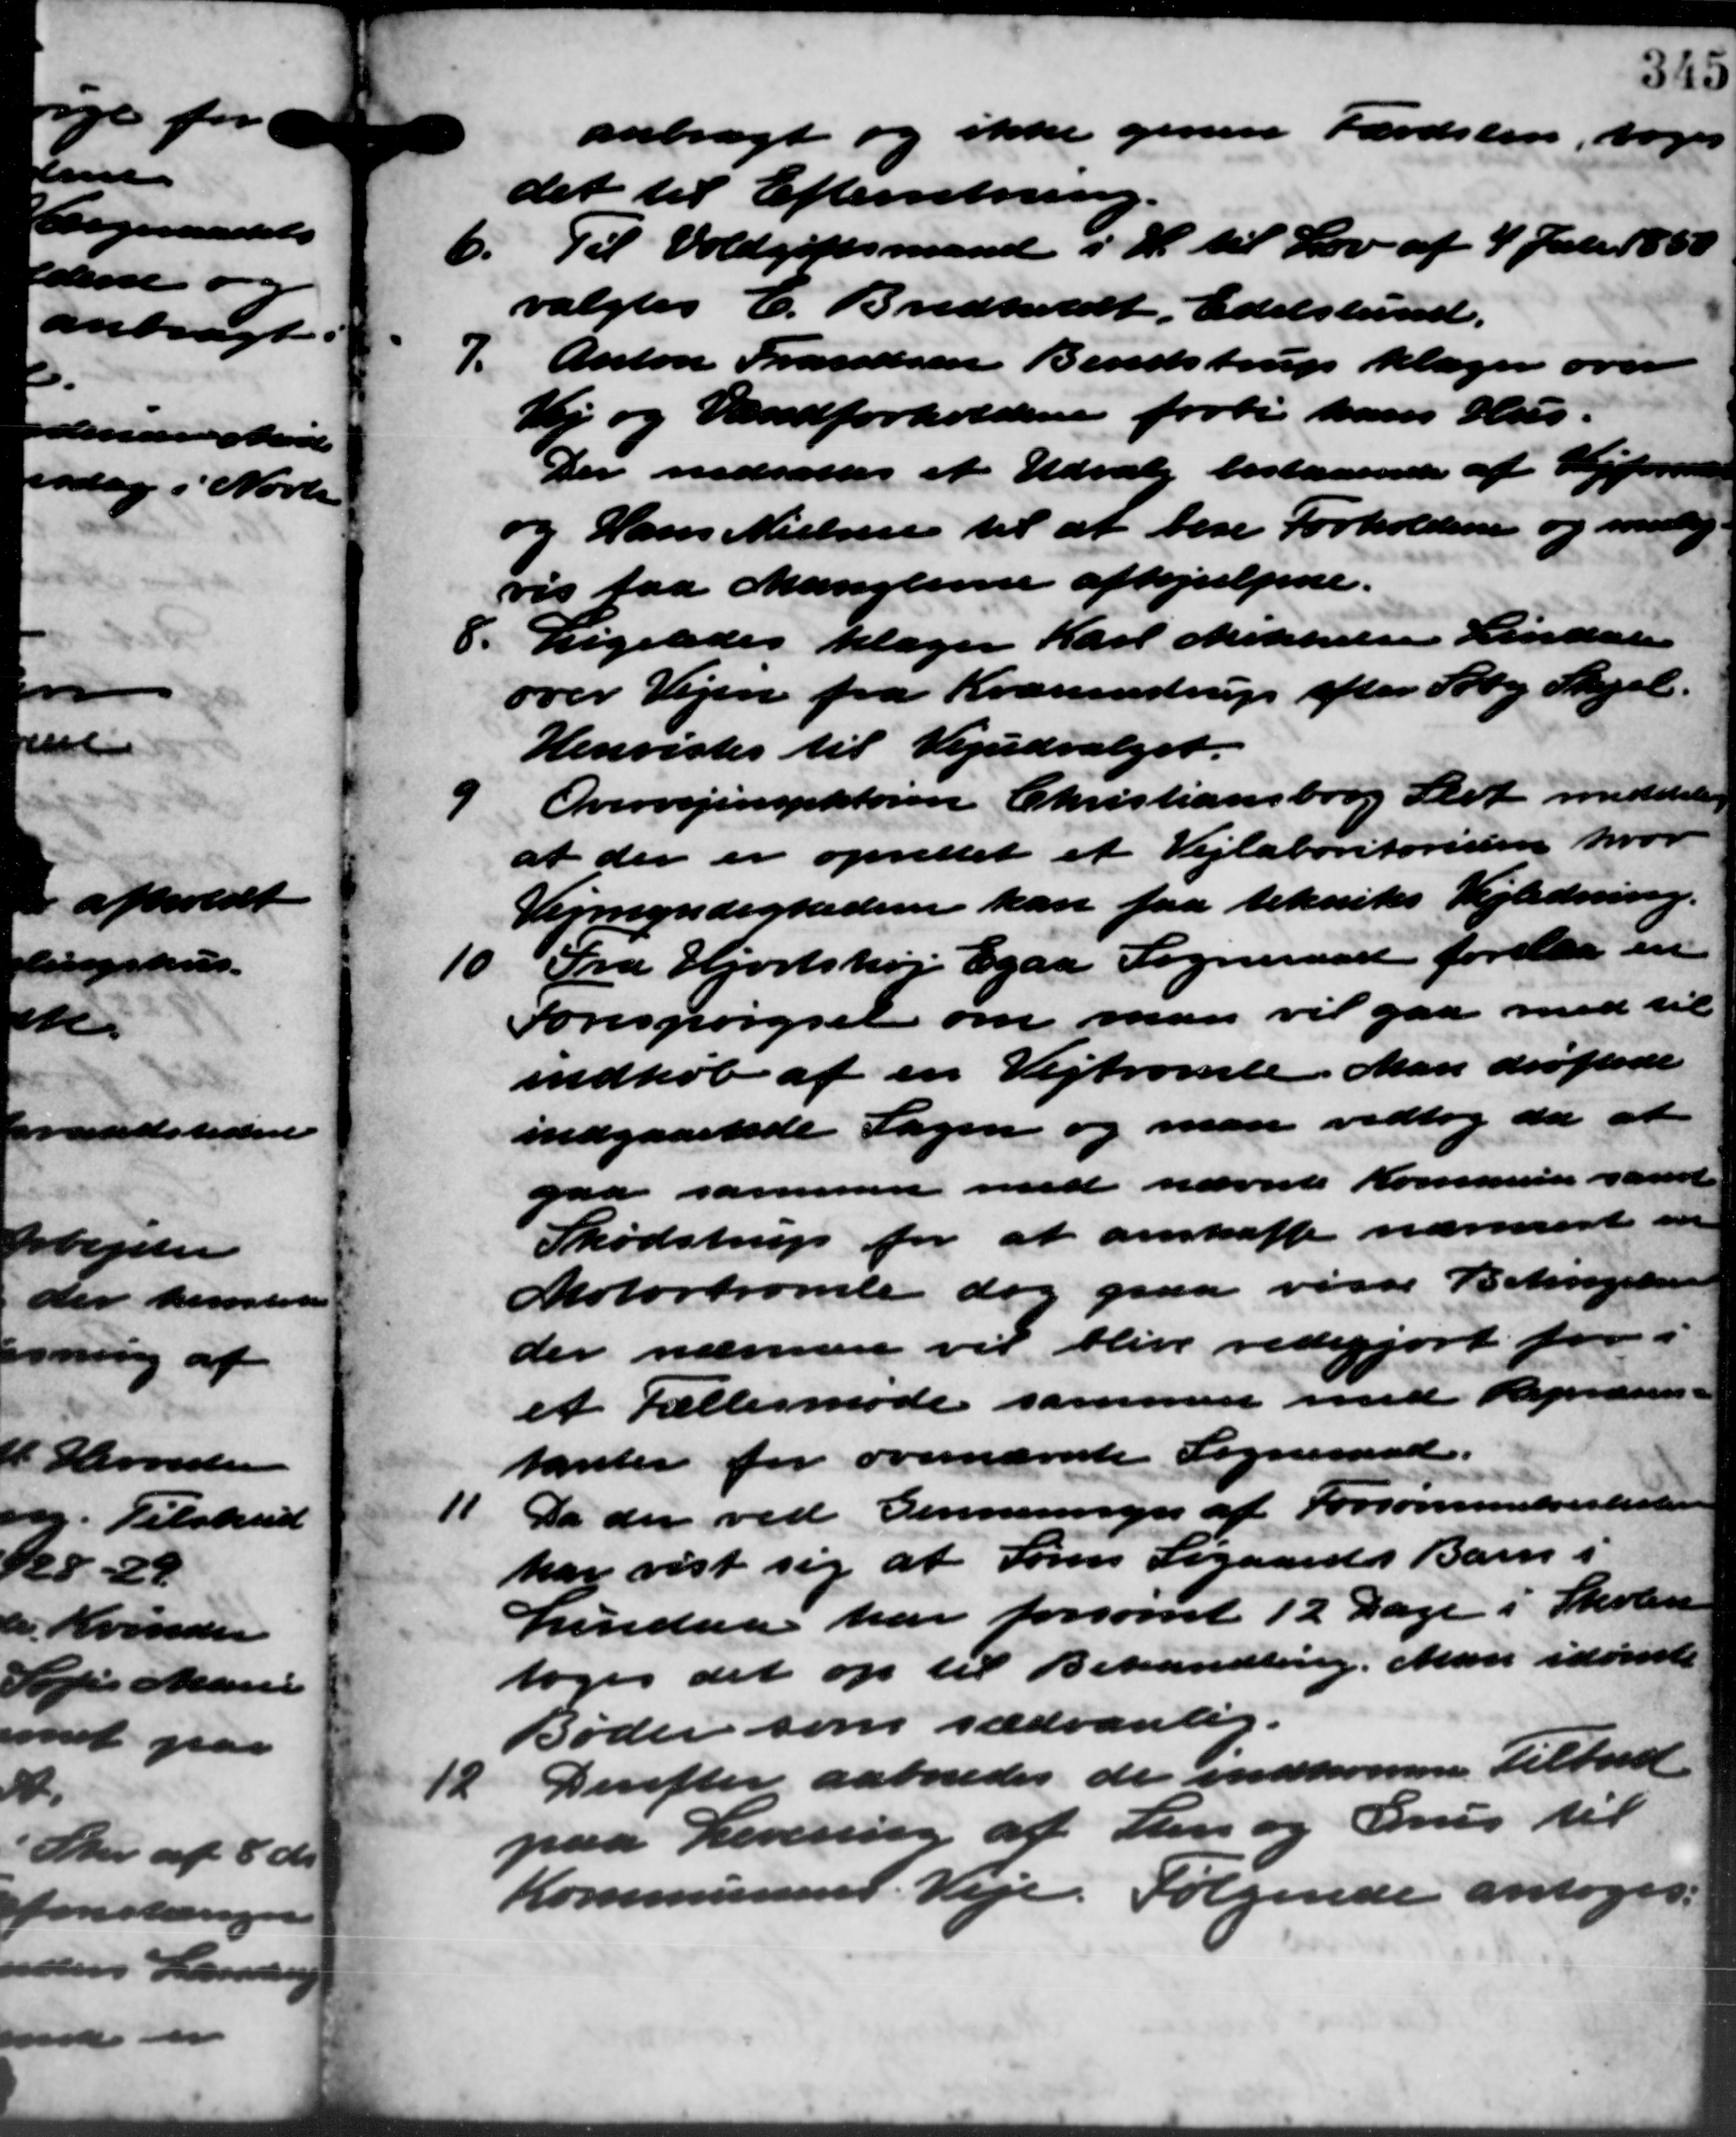
Transskription:
anbragt og ikke genne Færdslen, toges
det til Efterretning.
Til Voldgiftsmand i H. til Lov af 4 Juli 1850
6.
valgtes C. Bredholdt, Edelslund.
7.
Anton Frandsen Bendstrup klager over
Vej og Vandforholdene forbi hans Hus.
Der nedsættes et Udvalg bestaaende af Vejformand
og Hans Nielsen til at bese Forholdene og mulig
vis faa Manglerne afhjulpne.
8. Ligeledes klager Karl Mikkelsen Lindal
8. Ligeledes klager Karl Mikkelsen Lindal
over Vejen fra Kranstrup efter Aaby Skjel.
Henvistes til Vejudvalget.
9
Overvejinspektøren Christiansborg Slet meddeler
at der er oprettet et Vejlaboritorisen hvor
Vejmyndigheden kan faa teknikes Vejledning.
10
Fra Hjortshøj Egaa Sogneraad forelaa en
Forespørgsel om man vil gaa med til
indkøb af en Vejtromle. Man drøftede
indgaaende Sagen og man vedtog da at
paa sammen med nævnte Kommune samt
Skødstrup for at anskaffe nærmere en
Motortromle dog paa visse Betingelsen
der nærmere vil blive redegjort for i
et Fællesmøde sammen med Repræsen -
tanter for overnævnte Sogneraad.
11
Da der ved Genneringer af Forsømmelseskolen
har vist sig at Søren Sigaards Barn i
Lindaa har forsømt 12 Dage i Skolen
toges det op til Behandling. Man idømte
Bøder som sædvanlig.
12
Derefter aabnedes de indkomme Tilbud.
paa Levering af Sten og Grus til
Kommunens Veje. Følgende antoges.